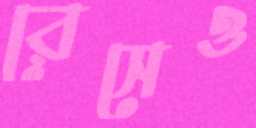
রেসেও